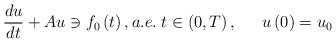
\begin{align*}\frac{du}{dt}+Au\ni f_{0}\left( t\right) ,a.e.\;t\in\left(0,T\right) ,\;\;\;\quad\!\!u\left( 0\right) =u_{0} \end{align*}